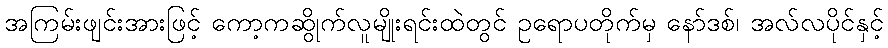
အကြမ်းဖျင်းအားဖြင့် ကော့ကဆွိုက်လူမျိုးရင်းထဲတွင် ဥရောပတိုက်မှ နော်ဒစ်၊ အလ်လပိုင်နှင့်